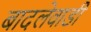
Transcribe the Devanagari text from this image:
बादलेवाडी